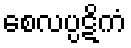
စေလပ္ပဋိကံ